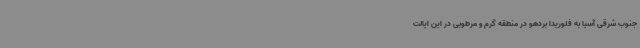
جنوب شرقی آسیا به فلوریدا بردهو در منطقه گرم و مرطوبی در این ایالت